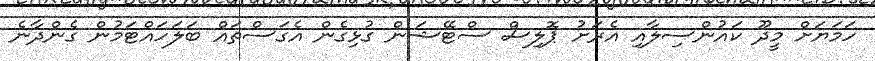
ހަމަޔަށް މީދޫ ކައުންސިލާއި އެރަށު ޕޮލިސް ސްޓޭޝަން ގުޅިގެން އެގަސްތައް ބަލަހައްޓަމުން ގެންދާނެ